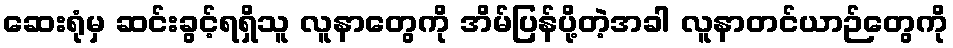
ဆေးရုံမှ ဆင်းခွင့်ရရှိသူ လူနာတွေကို အိမ်ပြန်ပို့တဲ့အခါ လူနာတင်ယာဉ်တွေကို